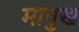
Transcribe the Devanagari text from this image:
मानुख